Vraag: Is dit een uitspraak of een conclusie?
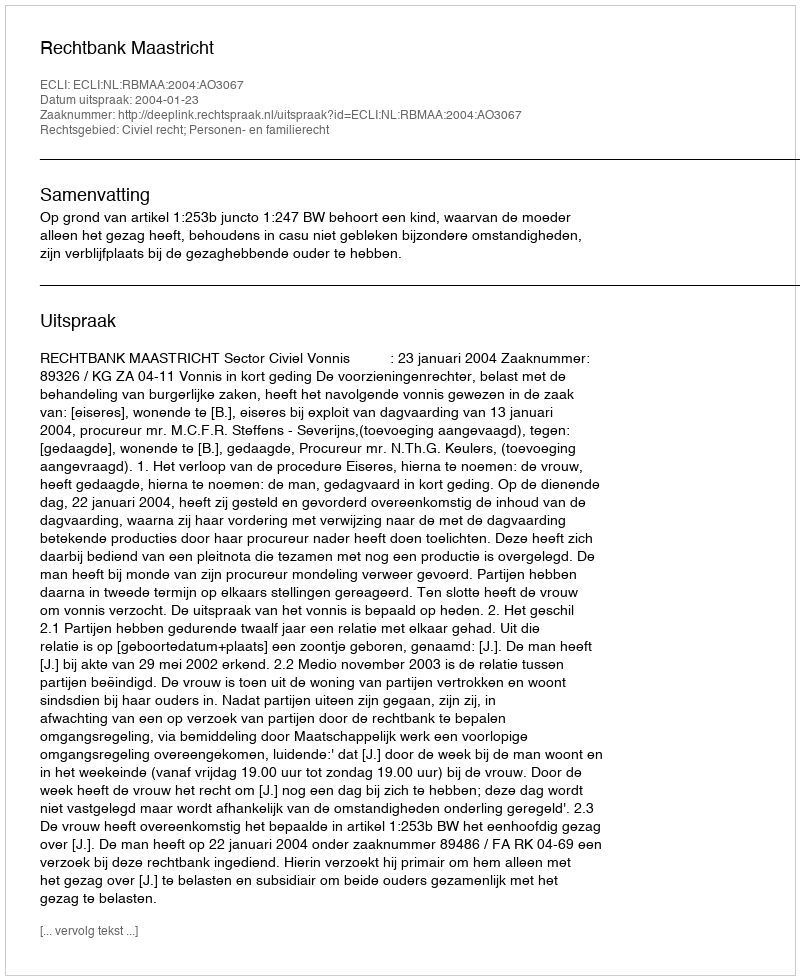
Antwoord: Uitspraak